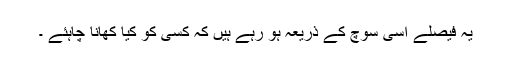
یہ فیصلے اسی سوچ کے ذریعہ ہو رہے ہیں کہ کسی کو کیا کھانا چاہئے ۔